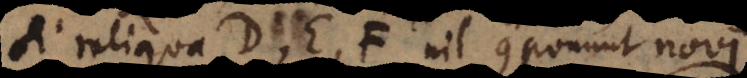
Si reliqua D, E, F nil componunt novi,